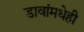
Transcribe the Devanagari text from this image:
डावांमधेही